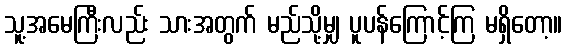
သူ့အမေကြီးလည်း သားအတွက် မည်သို့မျှ ပူပန်ကြောင့်ကြ မရှိတော့။